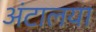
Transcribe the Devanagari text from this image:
अंटालया